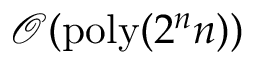
\mathcal { O } ( \mathrm { p o l y } ( 2 ^ { n } n ) )